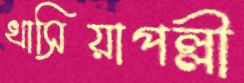
খাসিয়াপল্লী